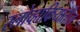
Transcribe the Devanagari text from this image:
स्लोव्हाकियातील